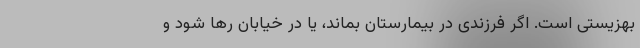
بهزیستی است. اگر فرزندی در بیمارستان بماند، یا در خیابان رها شود و